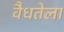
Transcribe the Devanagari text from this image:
वैधतेला